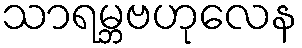
သာရမ္ဘဗဟုလေန